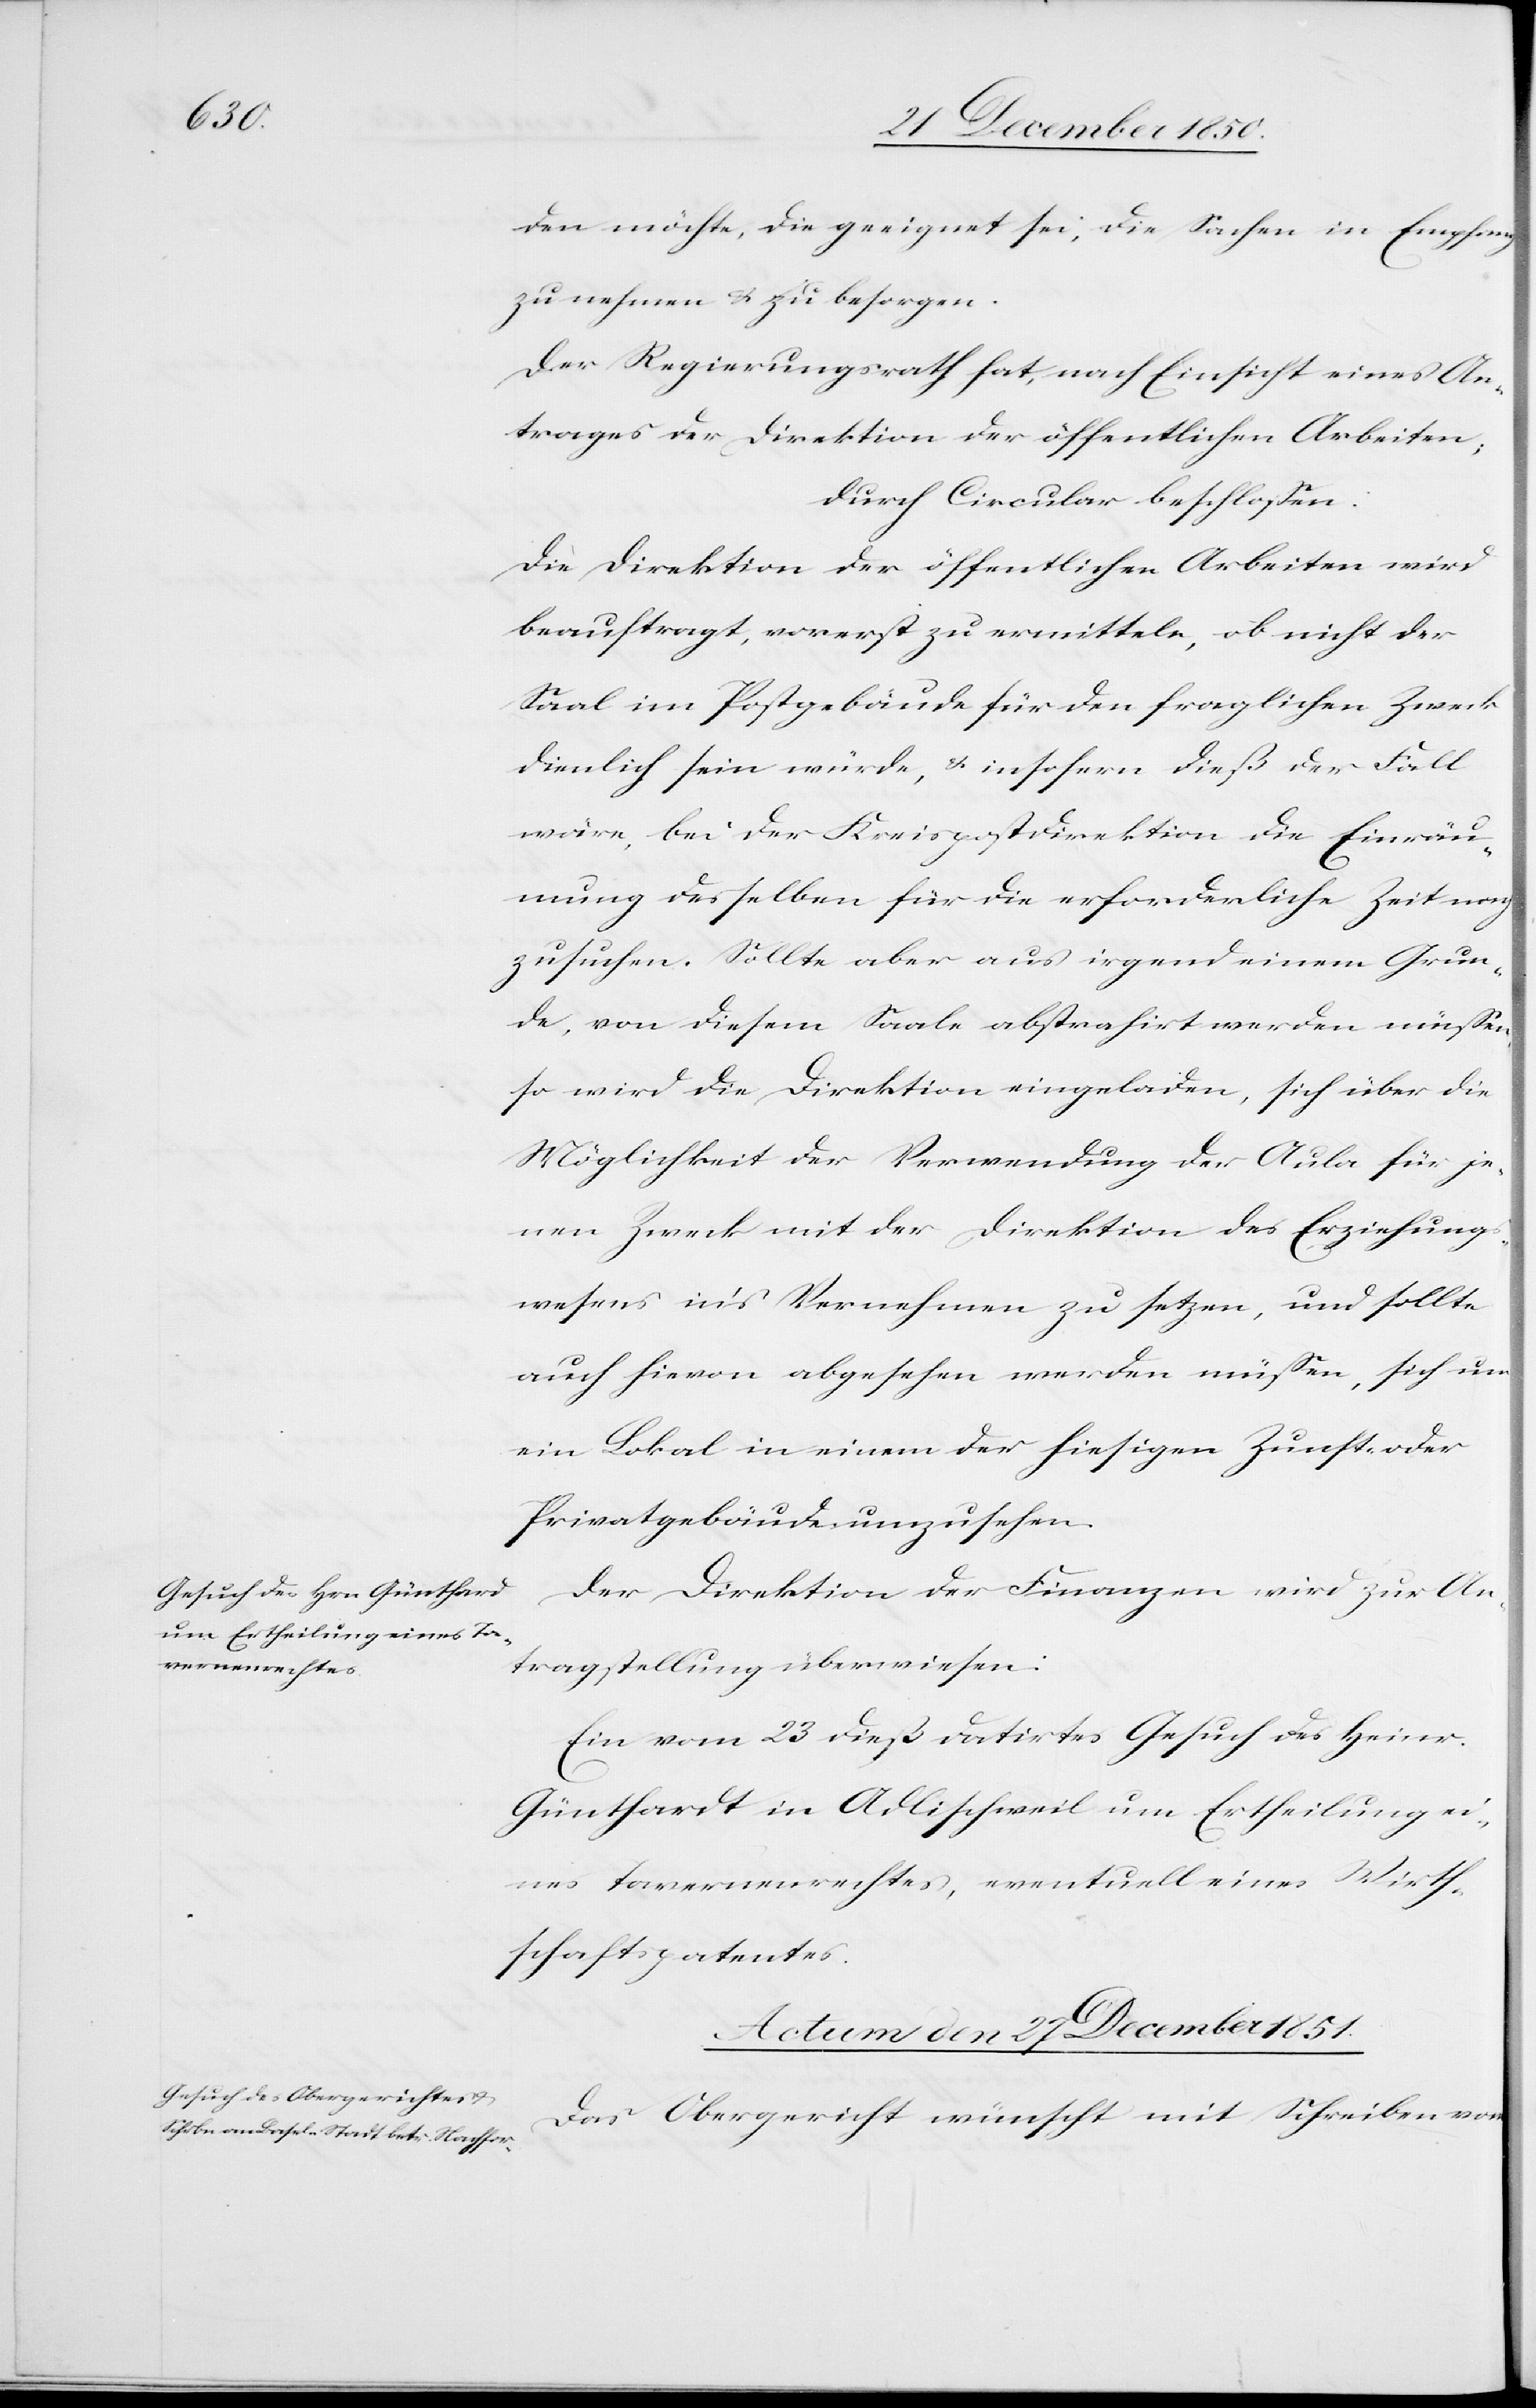
den möchte, die geeignet sei, die Sachen in Empfang
zu nehmen u. zu besorgen.
Der Regierungsrath hat, nach Einsicht eines An¬
trages der Direktion der öffentlichen Arbeiten;
durch Circular beschlossen:
Die Direktion der öffentlichen Arbeiten wird
beauftragt, vorerst zu ermitteln, ob nicht der
Saal im Postgebäude für den fraglichen Zweck
dienlich sein würde, u. insofern dieß der Fall
wäre, bei der Kreispostdirektion die Einräu¬
mung desselben für die erforderliche Zeit nach
zu suchen. Sollte aber aus irgend einem Grun¬
de, von diesem Saale abstrahirt werden müssen,
so wird die Direktion eingeladen, sich über die
Möglichkeit der Verwendung der Aula für je¬
nen Zweck mit der Direktion des Erziehungs¬
wesens in’s Vernehmen zu setzen, und sollte
auch hievon abgesehen werden müssen, sich um
ein Lokal in einem der hiesigen Zunft- oder
Privatgebäude umzusehen.
Der Direktion der Finanzen wird zur An¬
tragstellung überwiesen:
Ein vom 23 dieß datirtes Gesuch des Heinr.
Günthardt [sic!] in Adlischweil um Ertheilung ei¬
nes Tavernenrechtes, eventuell eines Wirth¬
schaftspatentes.
Actum den 27 December 1850.
Das Obergericht wünscht mit Schreiben vom